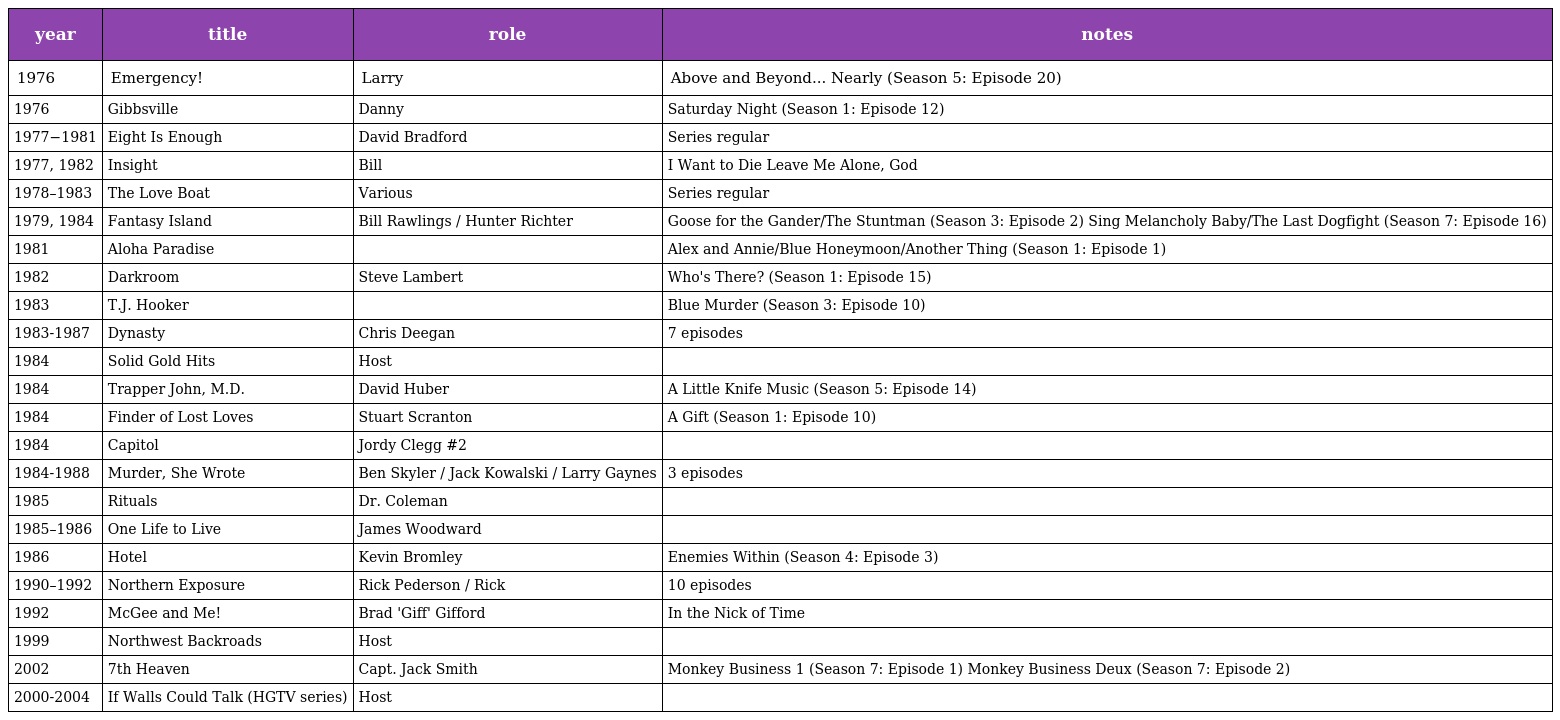
| year | title | role | notes |
 | --- | --- | --- | --- |
 | 1976 | Emergency! | Larry | Above and Beyond... Nearly (Season 5: Episode 20) |
 | 1976 | Gibbsville | Danny | Saturday Night (Season 1: Episode 12) |
 | 1977−1981 | Eight Is Enough | David Bradford | Series regular |
 | 1977, 1982 | Insight | Bill | I Want to Die Leave Me Alone, God |
 | 1978–1983 | The Love Boat | Various | Series regular |
 | 1979, 1984 | Fantasy Island | Bill Rawlings / Hunter Richter | Goose for the Gander/The Stuntman (Season 3: Episode 2) Sing Melancholy Baby/The Last Dogfight (Season 7: Episode 16) |
 | 1981 | Aloha Paradise |  | Alex and Annie/Blue Honeymoon/Another Thing (Season 1: Episode 1) |
 | 1982 | Darkroom | Steve Lambert | Who's There? (Season 1: Episode 15) |
 | 1983 | T.J. Hooker |  | Blue Murder (Season 3: Episode 10) |
 | 1983-1987 | Dynasty | Chris Deegan | 7 episodes |
 | 1984 | Solid Gold Hits | Host |  |
 | 1984 | Trapper John, M.D. | David Huber | A Little Knife Music (Season 5: Episode 14) |
 | 1984 | Finder of Lost Loves | Stuart Scranton | A Gift (Season 1: Episode 10) |
 | 1984 | Capitol | Jordy Clegg #2 |  |
 | 1984-1988 | Murder, She Wrote | Ben Skyler / Jack Kowalski / Larry Gaynes | 3 episodes |
 | 1985 | Rituals | Dr. Coleman |  |
 | 1985–1986 | One Life to Live | James Woodward |  |
 | 1986 | Hotel | Kevin Bromley | Enemies Within (Season 4: Episode 3) |
 | 1990–1992 | Northern Exposure | Rick Pederson / Rick | 10 episodes |
 | 1992 | McGee and Me! | Brad 'Giff' Gifford | In the Nick of Time |
 | 1999 | Northwest Backroads | Host |  |
 | 2002 | 7th Heaven | Capt. Jack Smith | Monkey Business 1 (Season 7: Episode 1) Monkey Business Deux (Season 7: Episode 2) |
 | 2000-2004 | If Walls Could Talk (HGTV series) | Host |  |